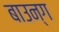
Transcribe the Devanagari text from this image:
बाउन्ग